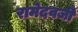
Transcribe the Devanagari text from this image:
रामेदवजी